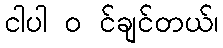
ငါပါ ၀ င်ချင်တယ်၊